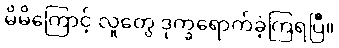
မိမိကြောင့် လူတွေ ဒုက္ခရောက်ခဲ့ကြရပြီ။